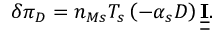
\delta \pi _ { D } = n _ { M s } T _ { s } \left( - \alpha _ { s } D \right) \underline { { \underline { { \mathbf { I } } } } } .